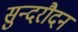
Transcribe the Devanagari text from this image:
सुन्दरौदन